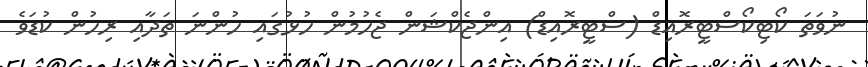
ނުވަތަ ކޯޓިކޯސްޓީރޮއިޑް (ސްޓީރޮއިޑް) އިންޖެކްޝަން ޖެހުމުން ހުޅުގައި ހުންނަ ތަދާއި ރިހުން ކުޑަވެ